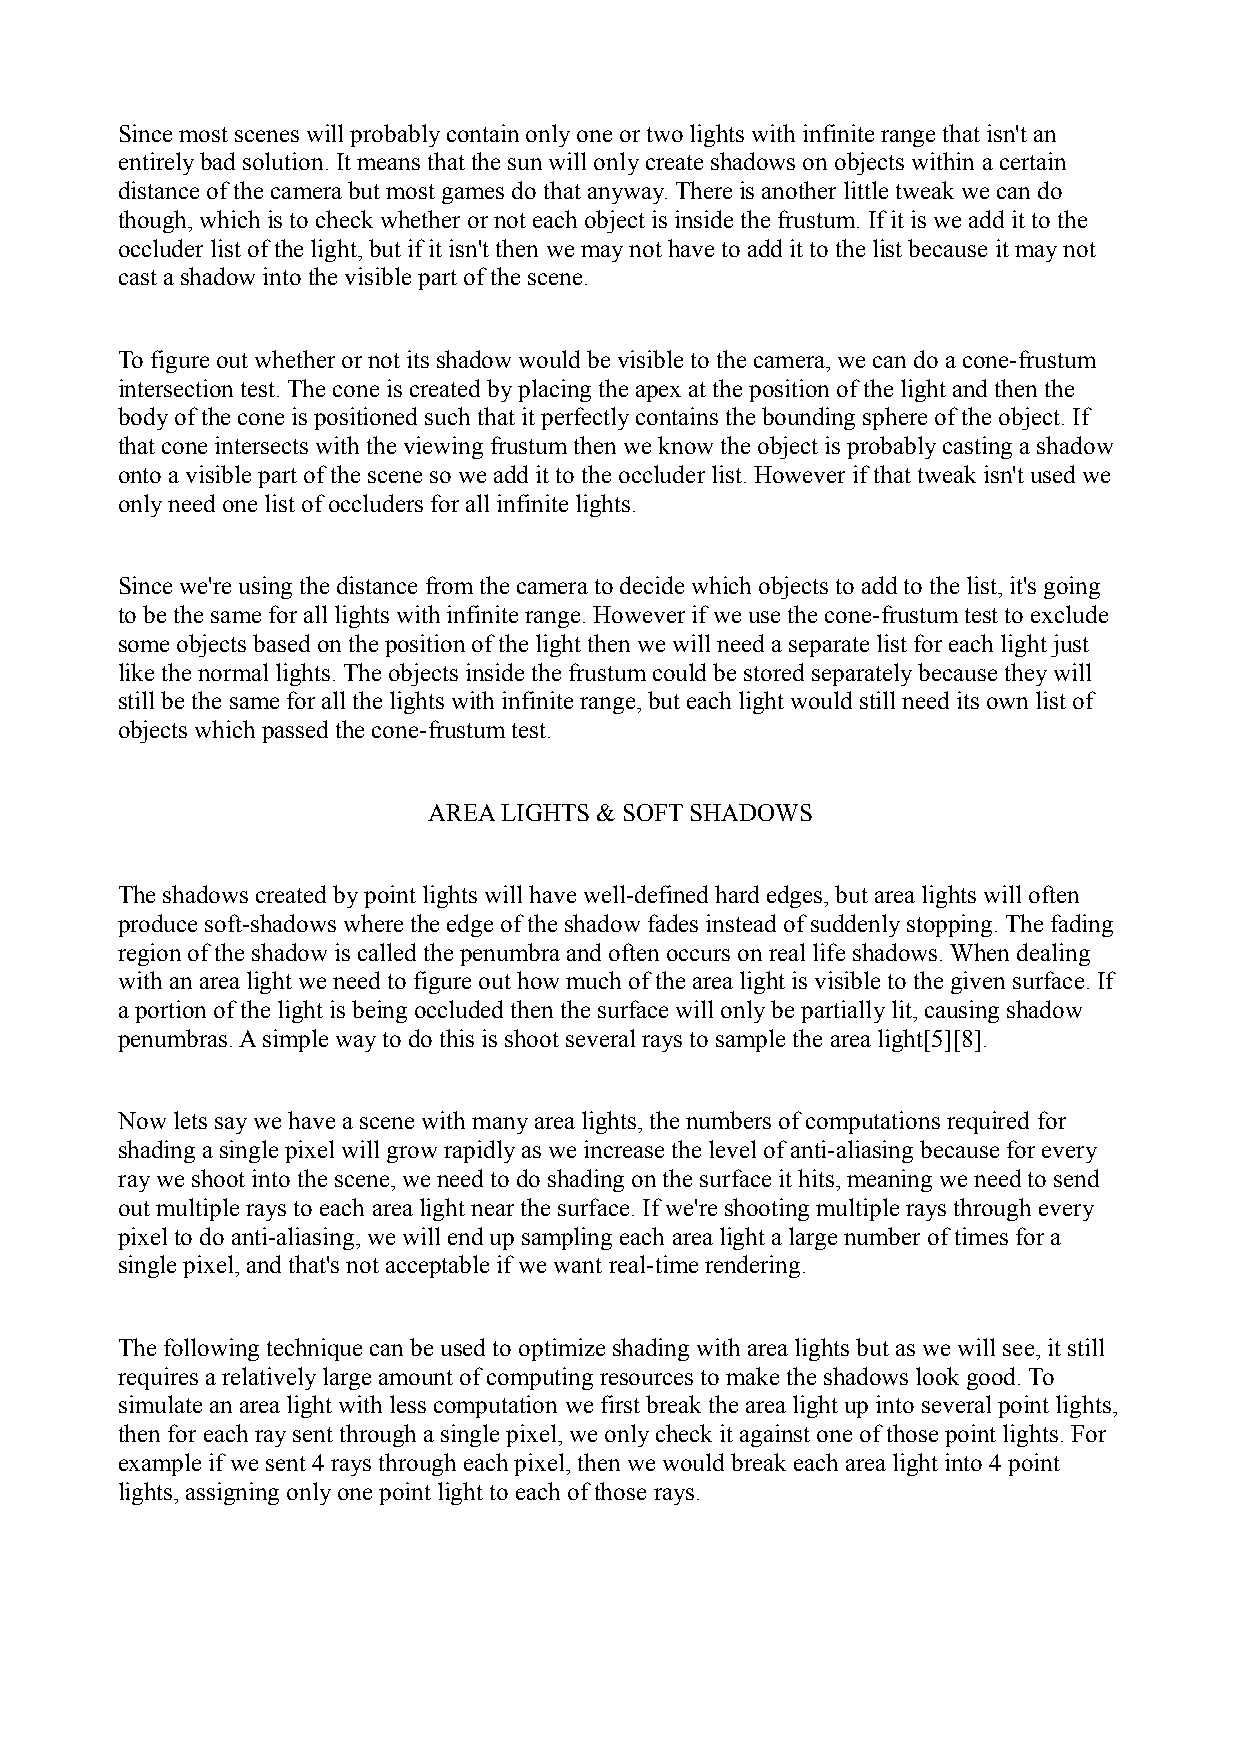
Since most scenes will probably contain only one or two lights with infinite range that isn't an
 entirely bad solution. It means that the sun will only create shadows on objects within a certain
 distance of the camera but most games do that anyway. There is another little tweak we can do
 though, which is to check whether or not each object is inside the frustum. If it is we add it to the
 occluder list of the light, but if it isn't then we may not have to add it to the list because it may not
 cast a shadow into the visible part of the scene.
 To figure out whether or not its shadow would be visible to the camera, we can do a cone-frustum
 intersection test. The cone is created by placing the apex at the position of the light and then the
 body of the cone is positioned such that it perfectly contains the bounding sphere of the object. If
 that cone intersects with the viewing frustum then we know the object is probably casting a shadow
 onto a visible part of the scene so we add it to the occluder list. However if that tweak isn't used we
 only need one list of occluders for all infinite lights.
 Since we're using the distance from the camera to decide which objects to add to the list, it's going
 to be the same for all lights with infinite range. However if we use the cone-frustum test to exclude
 some objects based on the position of the light then we will need a separate list for each light just
 like the normal lights. The objects inside the frustum could be stored separately because they will
 still be the same for all the lights with infinite range, but each light would still need its own list of
 objects which passed the cone-frustum test.
 AREA LIGHTS & SOFT SHADOWS
 The shadows created by point lights will have well-defined hard edges, but area lights will often
 produce soft-shadows where the edge of the shadow fades instead of suddenly stopping. The fading
 region of the shadow is called the penumbra and often occurs on real life shadows. When dealing
 with an area light we need to figure out how much of the area light is visible to the given surface. If
 a portion of the light is being occluded then the surface will only be partially lit, causing shadow
 penumbras. A simple way to do this is shoot several rays to sample the area light[5][8].
 Now lets say we have a scene with many area lights, the numbers of computations required for
 shading a single pixel will grow rapidly as we increase the level of anti-aliasing because for every
 ray we shoot into the scene, we need to do shading on the surface it hits, meaning we need to send
 out multiple rays to each area light near the surface. If we're shooting multiple rays through every
 pixel to do anti-aliasing, we will end up sampling each area light a large number of times for a
 single pixel, and that's not acceptable if we want real-time rendering.
 The following technique can be used to optimize shading with area lights but as we will see, it still
 requires a relatively large amount of computing resources to make the shadows look good. To
 simulate an area light with less computation we first break the area light up into several point lights,
 then for each ray sent through a single pixel, we only check it against one of those point lights. For
 example if we sent 4 rays through each pixel, then we would break each area light into 4 point
 lights, assigning only one point light to each of those rays.